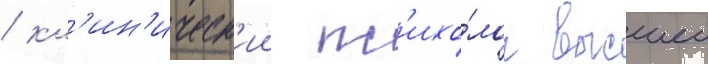
/ кл'ин'ическ'ии пс'ихо́лог высшеи